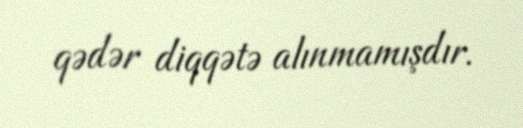
qədər diqqətə alınmamışdır.